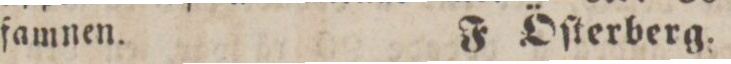
famnen.    F Öſterberg.